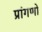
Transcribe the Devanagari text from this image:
प्रांगणों